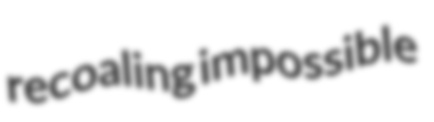
recoaling impossible